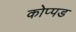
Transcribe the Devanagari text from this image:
कोप्पड